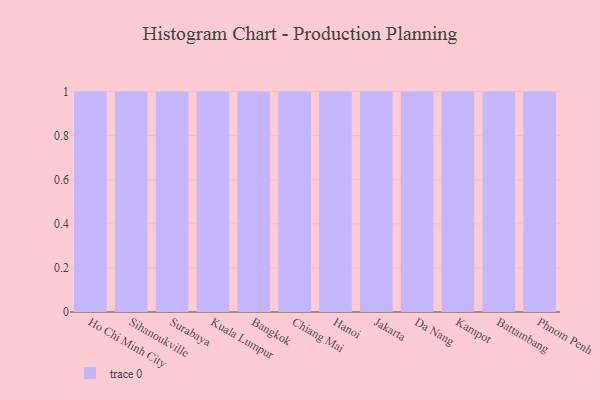
{"axis": {"x": "City", "y": "Customer Acquisition Cost (USD)"}, "legend": [""], "data": [{"x": "Ho Chi Minh City", "y": 19, "type": ""}, {"x": "Sihanoukville", "y": 89, "type": ""}, {"x": "Surabaya", "y": 27, "type": ""}, {"x": "Kuala Lumpur", "y": 28, "type": ""}, {"x": "Bangkok", "y": 29, "type": ""}, {"x": "Chiang Mai", "y": 17, "type": ""}, {"x": "Hanoi", "y": 99, "type": ""}, {"x": "Jakarta", "y": 75, "type": ""}, {"x": "Da Nang", "y": 59, "type": ""}, {"x": "Kampot", "y": 36, "type": ""}, {"x": "Battambang", "y": 39, "type": ""}, {"x": "Phnom Penh", "y": 37, "type": ""}]}